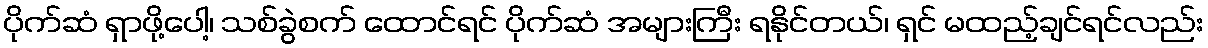
ပိုက်ဆံ ရှာဖို့ပေါ့၊ သစ်ခွဲစက် ထောင်ရင် ပိုက်ဆံ အများကြီး ရနိုင်တယ်၊ ရှင် မထည့်ချင်ရင်လည်း